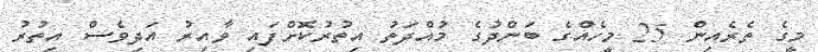
މީގެ ތެރެއިން 25 މީހެއްގެ ބަންދުގެ މުއްދަތު އިތުރުކޮށްފައި ވާއިރު އަދިވެސް އިތުރު